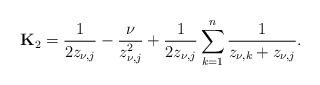
LaTeX: \begin{align*}\mathbf{K}_2=\dfrac{1}{2z_{\nu,j}}-\dfrac{\nu}{z_{\nu,j}^2}+\dfrac{1}{2z_{\nu,j}}\sum_{k=1}^n\dfrac{1}{z_{\nu,k}+z_{\nu,j}}.\end{align*}